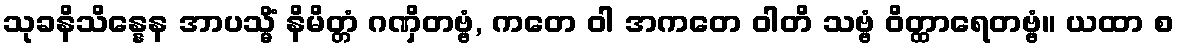
သုခနိသိန္နေန အာပသ္မိံ နိမိတ္တံ ဂဏှိတဗ္ဗံ, ကတေ ဝါ အကတေ ဝါတိ သဗ္ဗံ ဝိတ္ထာရေတဗ္ဗံ။ ယထာ စ